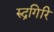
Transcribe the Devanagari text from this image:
रुद्रगिरि